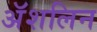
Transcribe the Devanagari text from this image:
अॅशलिन